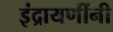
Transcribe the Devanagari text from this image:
इंद्रायणींनी